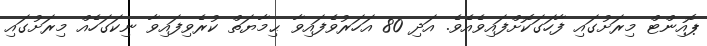
ޕޮއިންޓް މިރަށުގައި ފާހަގަކޮށްފައިވެއެވެ. އަދި 80 އަހަރުވެފައިވާ ޙިމާޔަތް ކުރެވިފައިވާ ނިކަގަހެއް މިރަށުގައި